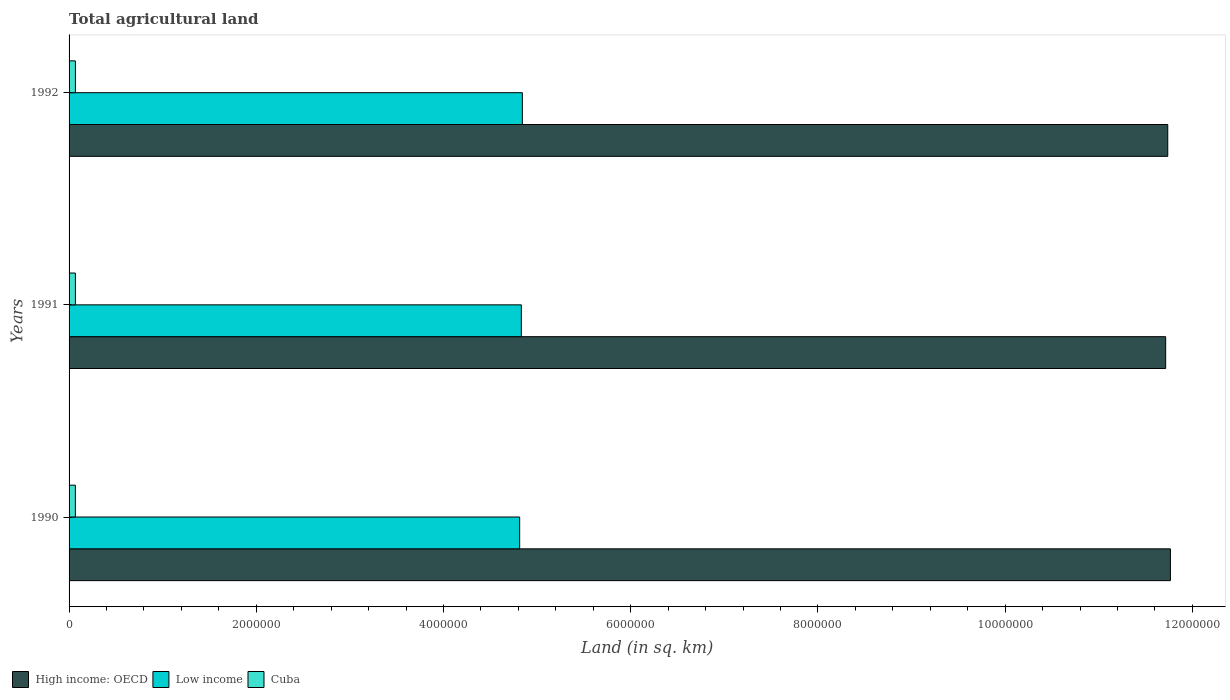
| Years | High income: OECD | Low income | Cuba |
 | --- | --- | --- | --- |
 | 1990 | 1.18e+07 | 4.81e+06 | 6.74e+04 |
 | 1991 | 1.17e+07 | 4.83e+06 | 6.76e+04 |
 | 1992 | 1.17e+07 | 4.84e+06 | 6.78e+04 |